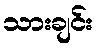
သားချင်း